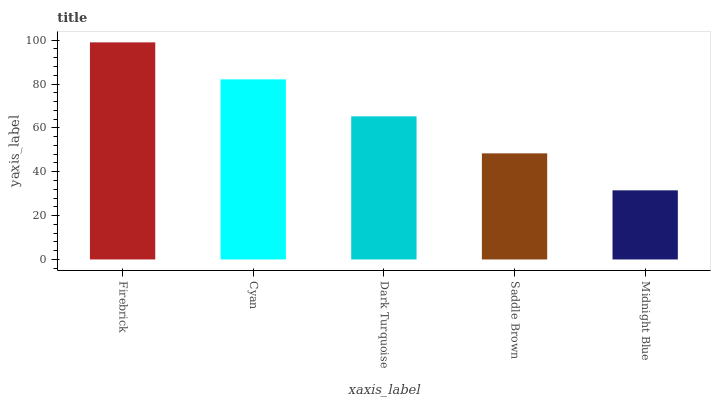
| xaxis_label | bars |
 | --- | --- |
 | Firebrick | 99 |
 | Cyan | 82.1 |
 | Dark Turquoise | 65.3 |
 | Saddle Brown | 48.4 |
 | Midnight Blue | 31.5 |